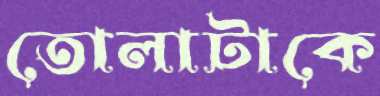
তোলাটাকে